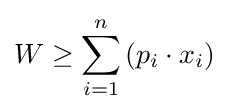
W\geq \sum _{i=1}^{n}\left(p_{i}\cdot x_{i}\right)